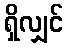
ရှိလျှင်